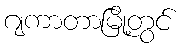
ဂျကာတာမြို့တွင်